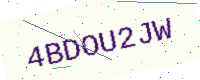
Text: 4BDOU2JW